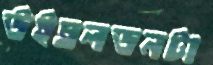
উইম্বলডনটা